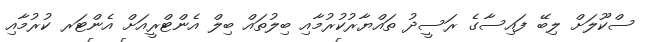
ސްކޫލަށް ލިބޭ ފައިސާގެ ރަސީދު ތައްޔާރުކުރުމާއި ބިލުތައް ބިލް އެންޓްރީއަށް އެންޓަރ ކުރުމާއި